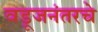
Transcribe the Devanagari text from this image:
वडूजनंतरचे